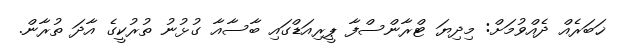
ޚަބަރެއް ދެއްވުމަށް: މިދިޔަ ޓްރާންސްފާ ޕީރިއަޑްގައި ބާސާއާ ގުޅުނު ތުރުކީގެ އާދަ ތުރާން.